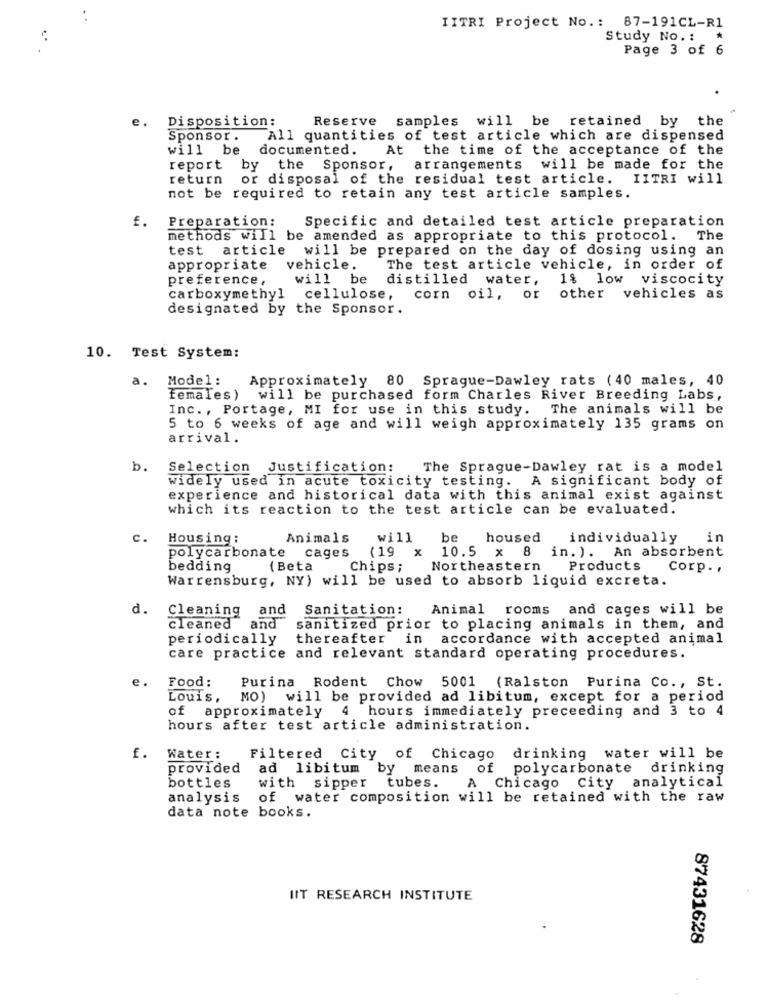
IITRI Project No .: 87-191CL-R1
Study No. :
Page 3 of 6
e.
Disposition:
Reserve samples will be retained by the
Sponsor .
All quantities of test article which are dispensed
will be
documented. At the time of the acceptance of the
report by the Sponsor,
arrangements will be made for the
return
or disposal of the residual test article.
IITRI will
not be required to retain any test article samples.
£.
Preparation:
Specific and detailed test article preparation
methods will be amended as appropriate to this protocol. The
test article will be prepared on the day of dosing using an
appropriate
vehicle.
The test article vehicle, in order of
preference ,
will be
distilled water,
1$ low viscocity
carboxymethyl
cellulose,
corn oil, or other vehicles as
designated by the Sponsor.
10. Test System:
a.
Model :
Approximately 80 Sprague-Dawley rats (40 males, 40
females )
will be purchased form Charles River Breeding Labs,
Inc. , Portage, MI for use in this study. The animals will be
5 to 6 weeks of age and will weigh approximately 135 grams on
arrival.
b.
Selection Justification:
The Sprague-Dawley rat is a model
widely used in acute toxicity testing. A significant body of
experience and historical data with this animal exist against
which its reaction to the test article can be evaluated.
c.
Housing:
Animals
will be
housed
individually
in
polycarbonate cages
10.5 x 8 in. ). An absorbent
(19 x
bedding
{ Beta
Chips;
Northeastern
Products
Corp. .
Warrensburg, NY) will be used to absorb liquid excreta.
d.
Cleaning
and
Sanitation: Animal rooms and cages will be
cleaned
and
sanitized prior to placing animals in them, and
periodically
thereafter
in accordance with accepted animal
care practice and relevant standard operating procedures.
e .
Food:
Purina Rodent Chow 5001 (Ralston Purina Co ., St.
Louis,
MO) will be provided ad libitum, except for a period
of approximately 4 hours immediately preceeding and 3 to 4
hours after test article administration.
f. Water:
Filtered City of Chicago
drinking water will be
provided
ad libitum by means of polycarbonate drinking
bottles
with sipper tubes.
A Chicago City analytical
analysis
of water composition will be retained with the raw
data note books.
IIT RESEARCH INSTITUTE
87431628